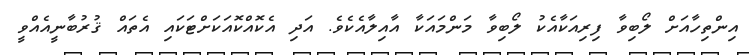
އިންތިހާއަށް ލޯބިވާ ފިރިއަކާއެކު ލޯބިވާ މަންމައަކާ އާއިލާއެކެވެ. އަދި އެކޮއްކޮއަކަށްޓަކައި އެތައް ޤުރުބާނީއެއްވީ